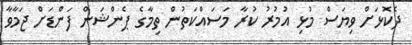
ދެކޮޅަށް ވިޔަސް މުޅި އުމުރު ކުރާ މަސައްކަތުން ތިމާގެ ޕެންޝަން ފަންޑަށް ޖަމާވާ